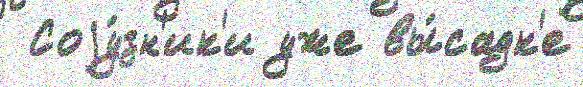
 Соjу́зн'ик'и уже вы́садк'е